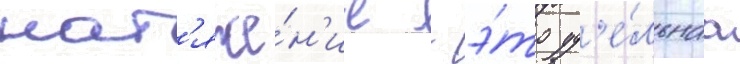
нат'яже́н'ие - э́то уд'е́льнаа